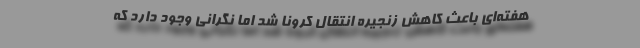
هفته‌ای باعث کاهش زنجیره انتقال کرونا شد اما نگرانی وجود دارد که